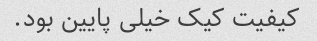
کیفیت کیک خیلی پایین بود.